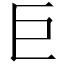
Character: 巨